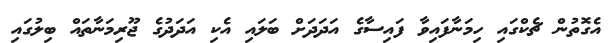
އެގޮތުން ޗެކްގައި ހިމަނާފައިވާ ފައިސާގެ އަދަދަށް ބަލައި އެކި އަދަދުގެ ޖޫރިމަނާތައް ބިލުގައި